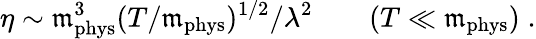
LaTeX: \eta\sim\mathfrak{m}_{\mathrm{{phys}}}^{3}(T/\mathfrak{m}_{\mathrm{{phys}}})^{1/2}/\lambda^{2}\qquad(T\ll\mathfrak{m}_{\mathrm{{phys}}})\; .